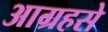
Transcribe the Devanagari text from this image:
आग्रहसे